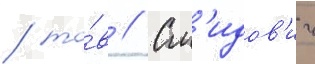
/ то́в // См'идов'ич